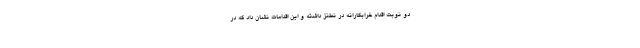
دو نوبت اقدام خرابکارانه در نطنز داشته و این اقدامات نشان داد که در